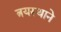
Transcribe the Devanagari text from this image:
त्रयस्थाने